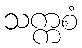
သက္ကစံ